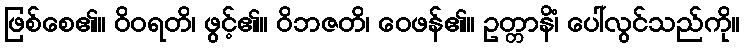
ဖြစ်စေ၏။ ဝိဝရတိ၊ ဖွင့်၏။ ဝိဘဇတိ၊ ဝေဖန်၏။ ဥတ္တာနိံ၊ ပေါ်လွင်သည်ကို။